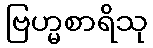
ဗြဟ္မစာရိသု